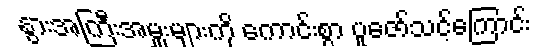
နွားအကြီးအမှူးများကို ကောင်းစွာ ပူဇော်သင့်ကြောင်း